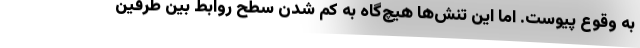
به وقوع پیوست. اما این تنش­ها هیچ­گاه به کم شدن سطح روابط بین طرفین